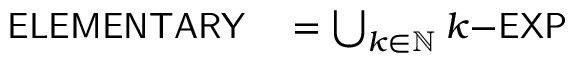
\begin{array} { r l } { { \mathsf { E L E M E N T A R Y } } } & { { } = \bigcup _ { k \in \mathbb { N } } k { \mathsf { { \mathrm { - } } E X P } } } \end{array}